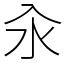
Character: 汆